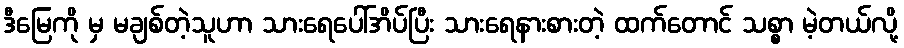
ဒီမြေကို မှ မချစ်တဲ့သူဟာ သားရေပေါ်အိပ်ပြီး သားရေနားစားတဲ့ ထက်တောင် သစ္စာ မဲ့တယ်လို့